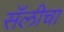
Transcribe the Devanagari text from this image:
सॅलीचा